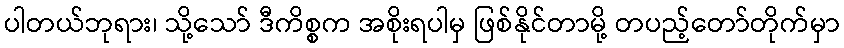
ပါတယ်ဘုရား၊ သို့သော် ဒီကိစ္စက အစိုးရပါမှ ဖြစ်နိုင်တာမို့ တပည့်တော်တိုက်မှာ